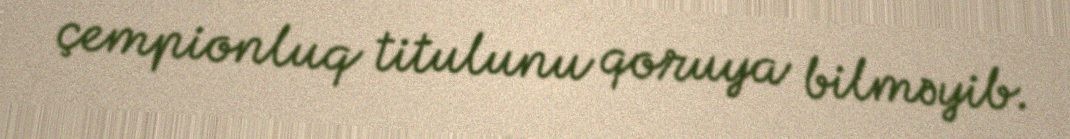
çempionluq titulunu qoruya bilməyib.